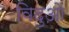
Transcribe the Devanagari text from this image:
विदुओं